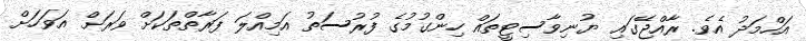
އަހްމަދު އެވެ. ރާއްޖޭގައި ޔުނިވާސިޓީތައް ހިންގުމުގެ ފުރުސަތު އަމިއްލަ ފަރާތްތަކަށް ވަރަށް އަވަހަށް